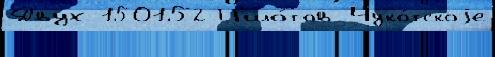
Двух 150152 П'ило́тов Чуко́тскоjе